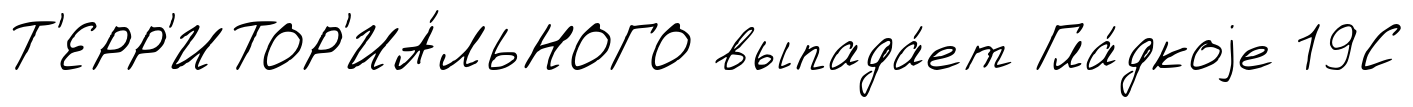
Т'ЕРР'ИТОР'ИА́ЛЬНОГО выпада́ет Гла́дкоjе 19С